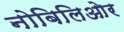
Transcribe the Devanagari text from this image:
नोबिलिओर